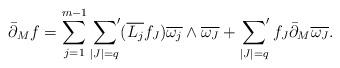
LaTeX: \begin{align*}\bar\partial_Mf=\sum_{j=1}^{m-1}\sideset{}{'}\sum_{\vert J\vert=q}(\overline{L_j}f_J)\overline{\omega_j}\wedge \overline{\omega_J}+\sideset{}{'}\sum_{\vert J\vert=q}f_J\bar\partial_M\overline{\omega_J}.\end{align*}